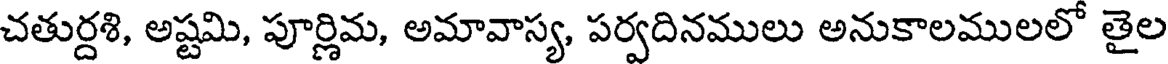
చతుర్దశి, అష్టమి, పూర్ణిమ, అమావాస్య, పర్వదినములు అనుకాలములలో తైల